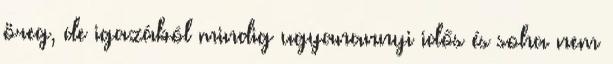
öreg, de igazából mindig ugyanannyi idős és soha nem